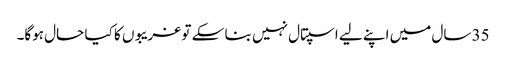
35 سال میں اپنے لیے اسپتال نہیں بنا سکے تو غریبوں کا کیا حال ہوگا۔